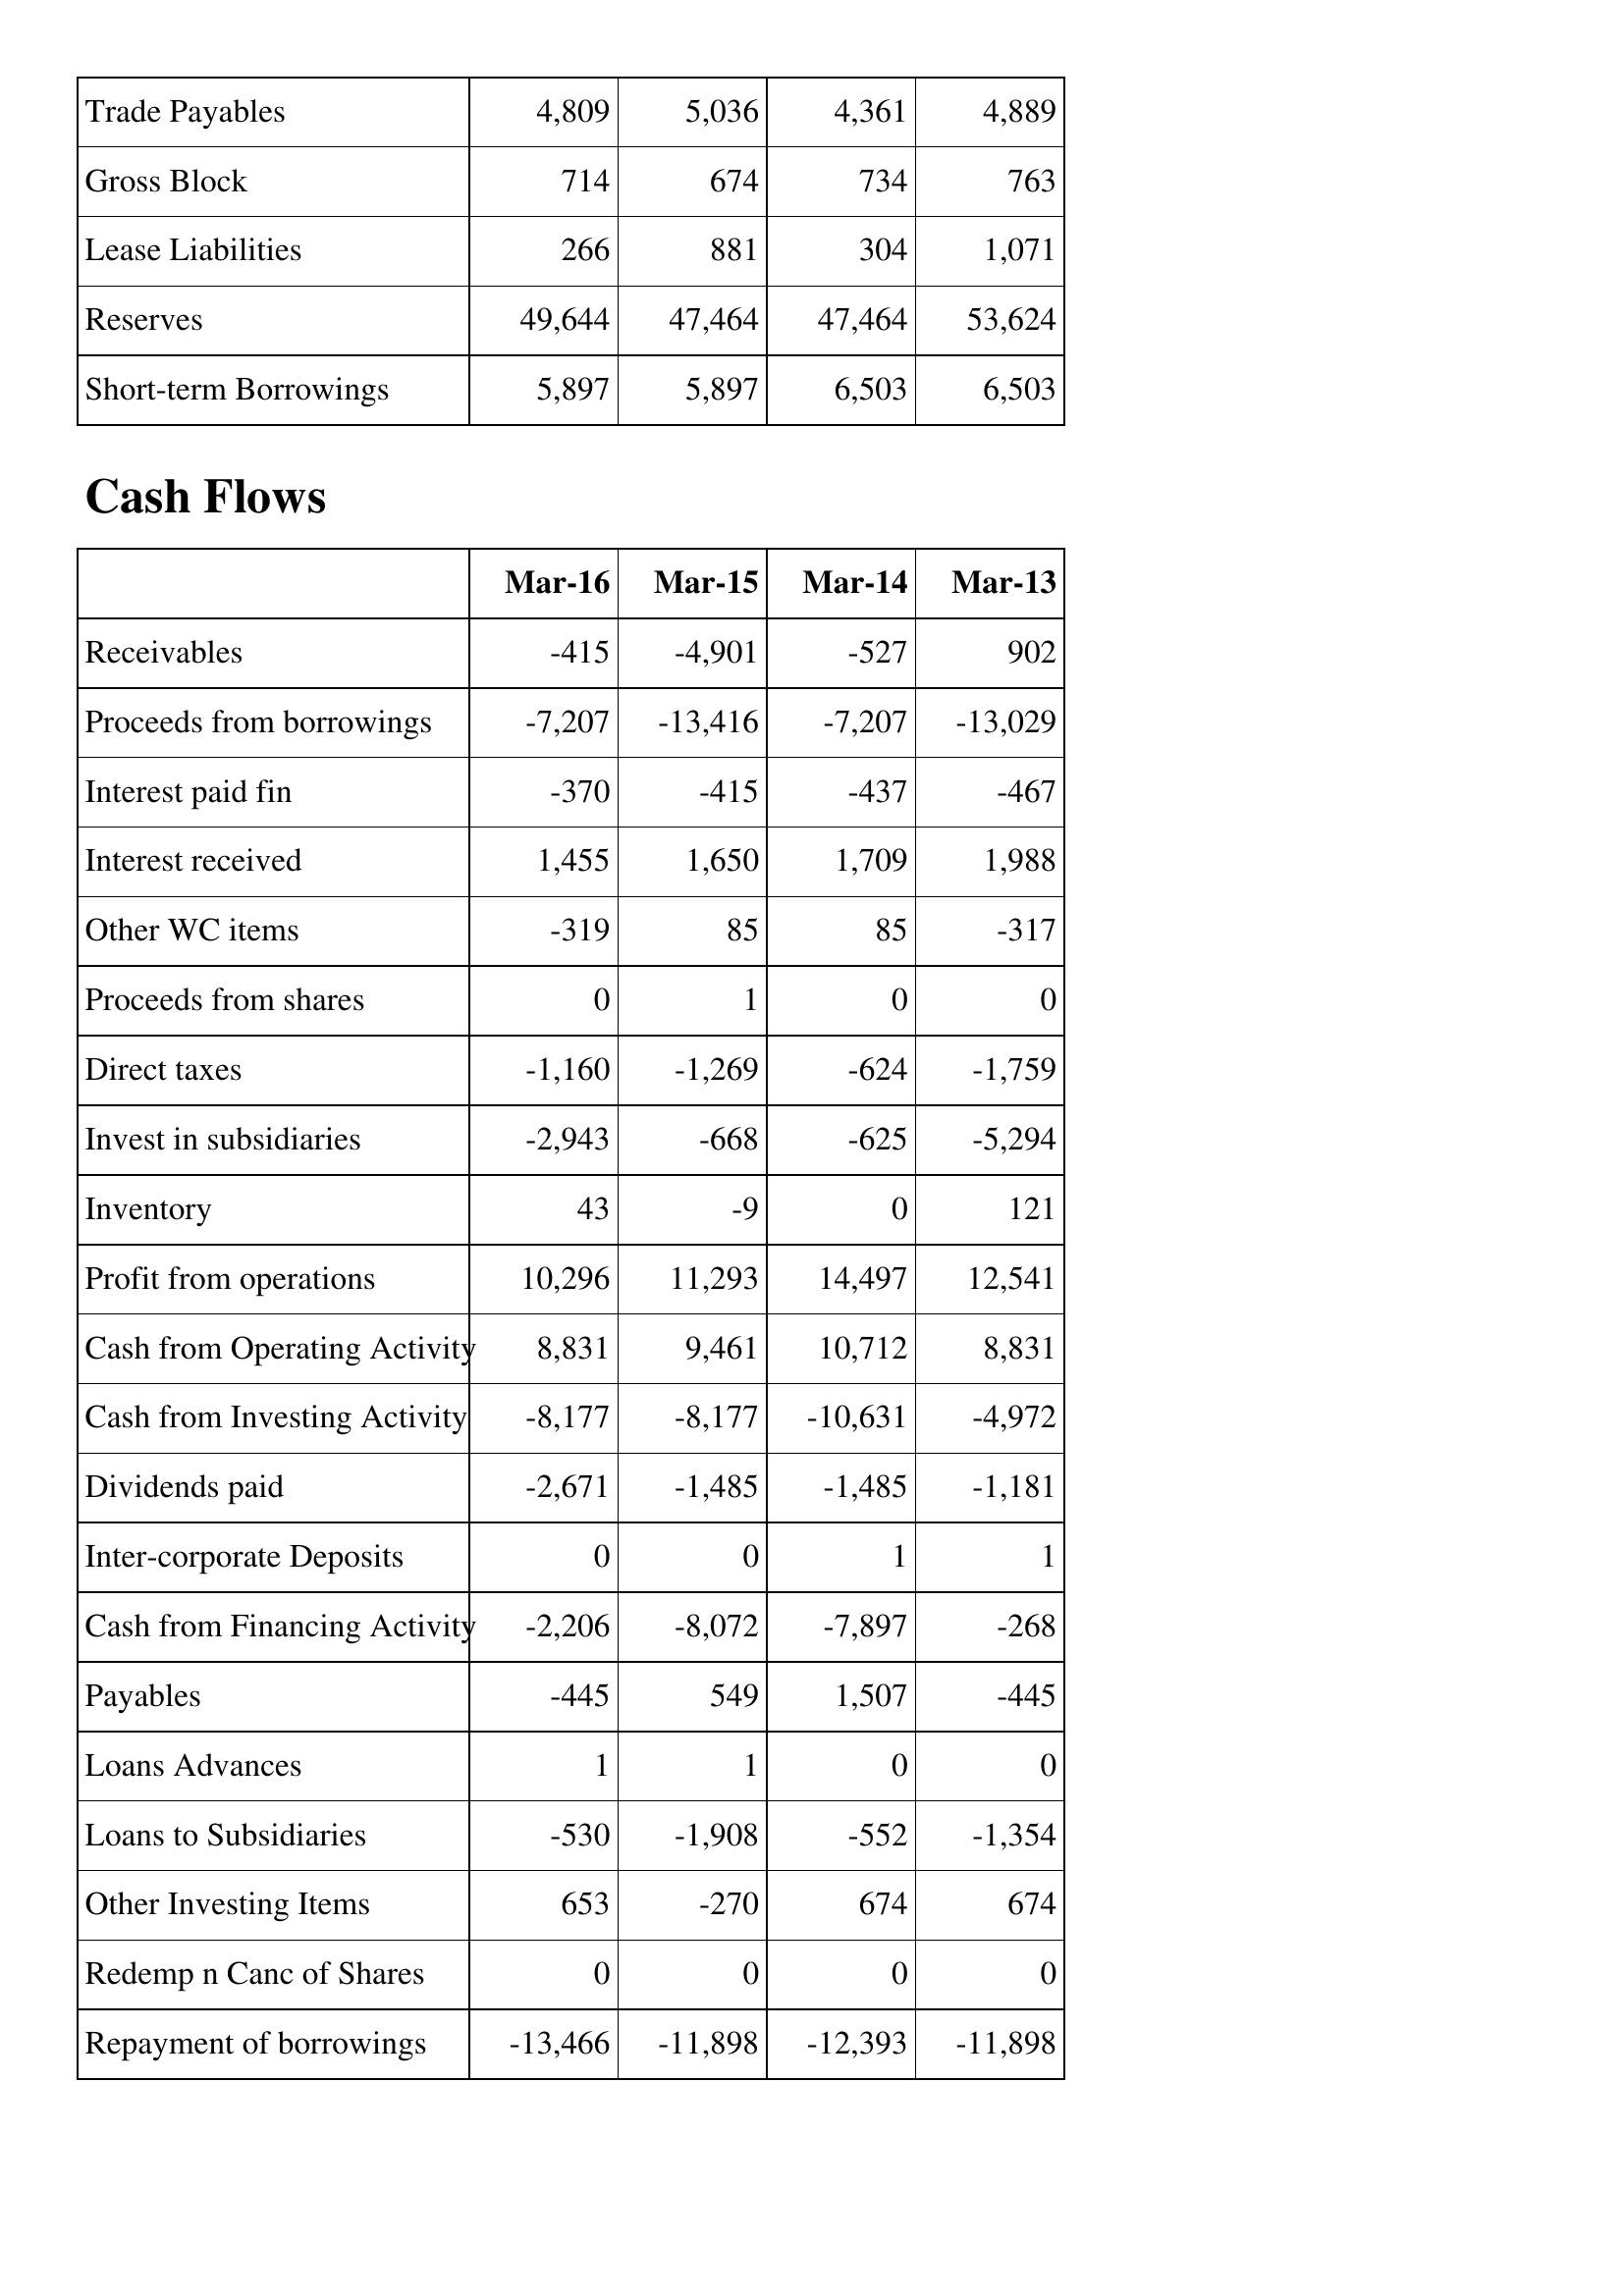
Mar-16: Balance Sheet: Trade Payables: 4,809
Gross Block: 714
Lease Liabilities: 266
Reserves: 49,644
Short-term Borrowings: 5,897
Cash Flows: Receivables: -415
Proceeds from borrowings: -7,207
Interest paid fin: -370
Interest received: 1,455
Other WC items: -319
Proceeds from shares: 0
Direct taxes: -1,160
Invest in subsidiaries: -2,943
Inventory: 43
Profit from operations: 10,296
Cash from Operating Activity: 8,831
Cash from Investing Activity: -8,177
Dividends paid: -2,671
Inter-corporate Deposits: 0
Cash from Financing Activity: -2,206
Payables: -445
Loans Advances: 1
Loans to Subsidiaries: -530
Other Investing Items: 653
Redemp n Canc of Shares: 0
Repayment of borrowings: -13,466
Mar-15: Balance Sheet: Trade Payables: 5,036
Gross Block: 674
Lease Liabilities: 881
Reserves: 47,464
Short-term Borrowings: 5,897
Cash Flows: Receivables: -4,901
Proceeds from borrowings: -13,416
Interest paid fin: -415
Interest received: 1,650
Other WC items: 85
Proceeds from shares: 1
Direct taxes: -1,269
Invest in subsidiaries: -668
Inventory: -9
Profit from operations: 11,293
Cash from Operating Activity: 9,461
Cash from Investing Activity: -8,177
Dividends paid: -1,485
Inter-corporate Deposits: 0
Cash from Financing Activity: -8,072
Payables: 549
Loans Advances: 1
Loans to Subsidiaries: -1,908
Other Investing Items: -270
Redemp n Canc of Shares: 0
Repayment of borrowings: -11,898
Mar-14: Balance Sheet: Trade Payables: 4,361
Gross Block: 734
Lease Liabilities: 304
Reserves: 47,464
Short-term Borrowings: 6,503
Cash Flows: Receivables: -527
Proceeds from borrowings: -7,207
Interest paid fin: -437
Interest received: 1,709
Other WC items: 85
Proceeds from shares: 0
Direct taxes: -624
Invest in subsidiaries: -625
Inventory: 0
Profit from operations: 14,497
Cash from Operating Activity: 10,712
Cash from Investing Activity: -10,631
Dividends paid: -1,485
Inter-corporate Deposits: 1
Cash from Financing Activity: -7,897
Payables: 1,507
Loans Advances: 0
Loans to Subsidiaries: -552
Other Investing Items: 674
Redemp n Canc of Shares: 0
Repayment of borrowings: -12,393
Mar-13: Balance Sheet: Trade Payables: 4,889
Gross Block: 763
Lease Liabilities: 1,071
Reserves: 53,624
Short-term Borrowings: 6,503
Cash Flows: Receivables: 902
Proceeds from borrowings: -13,029
Interest paid fin: -467
Interest received: 1,988
Other WC items: -317
Proceeds from shares: 0
Direct taxes: -1,759
Invest in subsidiaries: -5,294
Inventory: 121
Profit from operations: 12,541
Cash from Operating Activity: 8,831
Cash from Investing Activity: -4,972
Dividends paid: -1,181
Inter-corporate Deposits: 1
Cash from Financing Activity: -268
Payables: -445
Loans Advances: 0
Loans to Subsidiaries: -1,354
Other Investing Items: 674
Redemp n Canc of Shares: 0
Repayment of borrowings: -11,898